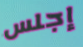
إجلس